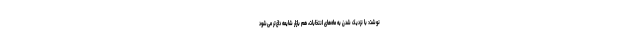
نوشت: با نزدیک شدن به ماه‌های انتخابات، هم بازار شایعه داغ‌تر می‌شود